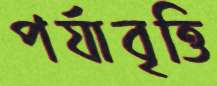
পর্যাবৃত্তি